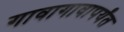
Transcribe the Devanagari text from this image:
गावागावापर्यंत